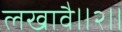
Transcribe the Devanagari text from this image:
लखावै॥२॥